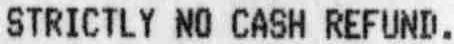
STRICTLY NO CASH REFUND.